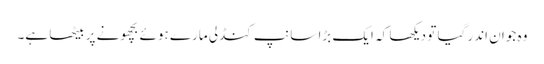
وہ جوان اندر گیا تو دیکھا کہ ایک بڑا سانپ کنڈلی مارے ہوئے بچھونے پر بیٹھا ہے۔